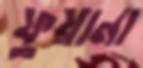
ফুয়ানা